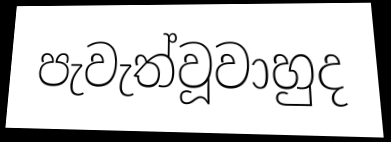
පැවැත්වූවාහුද